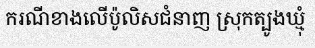
ករណីខាងលើប៉ូលិសជំនាញ ស្រុកត្បូងឃ្មុំ